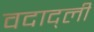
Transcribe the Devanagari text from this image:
वदाद्ली